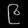
Digit: ၉